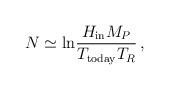
LaTeX: \begin{align*}N \simeq {\rm ln}{H_{\rm in}M_P \over T_{\rm today} T_R}\, , \end{align*}